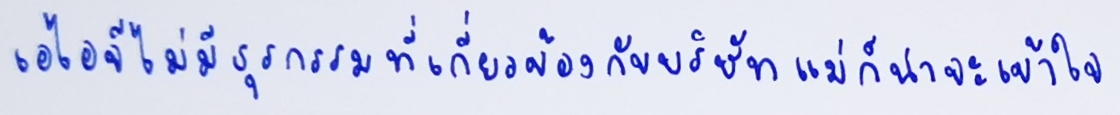
"เอไอจีไม่มีธุรกรรมที่เกี่ยวข้องกับบริษัทแม่ก็น่าจะเข้าใจ